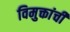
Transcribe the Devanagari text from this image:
विमुक्तांची